Scientific memoirs by medical officers of the Army of India - Part II,
Year: 1886
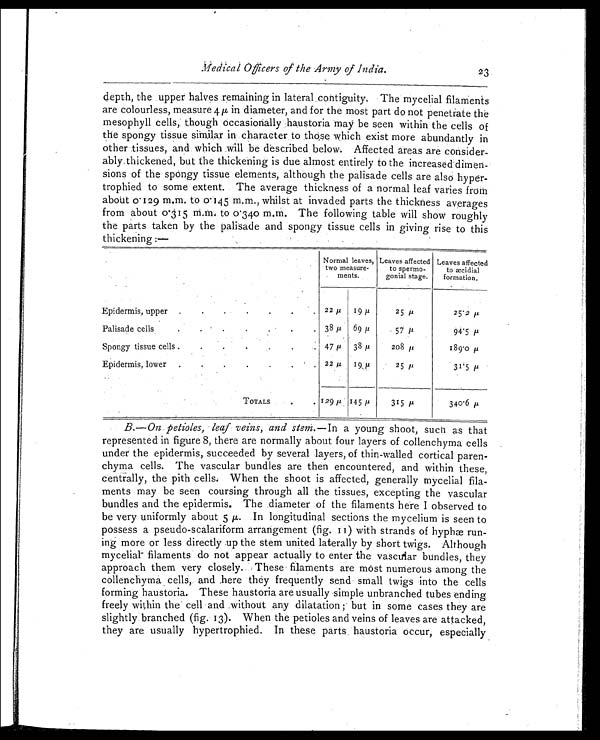
depth, the upper halves remaining in lateral contiguity. The mycelial filaments
are colourless, measure 4 µ in diameter, and for the most part do not penetrate the
mesophyll cells, though occasionally haustoria may be seen within the cells of
the spongy tissue similar in character to those which exist more abundantly in
other tissues, and which will be described below. Affected areas are consider-
ably thickened, but the thickening is due almost entirely to the increased dimen-
sions of the spongy tissue elements, although the palisade cells are also hyper-
trophied to some extent. The average thickness of a normal leaf varies from
about 0.129 m.m. to 0.145 m.m., whilst at invaded parts the thickness averages
from about 0.315 m.m. to 0.340 m.m. The following table will show roughly
the parts taken by the palisade and spongy tissue cells in giving rise to this
thickening :—
Normal leaves,
two measure-
ments.
Leaves affected
to spermo-
gonial stage.
Leaves affected
to æcidial
formation.
Epidermis, upper .
.
.
. . . 22 µ 19 µ
25 µ
2 5 . 2 µ
Palisade cells
• . . .
3 8 µ
69 µ
57 µ
94. 5 µ
Spongy tissue cells .
47 µ 38 µ
208 µ
189. 0 µ
Epidermis, lower .
. 22 µ 19 µ
25 µ
31.5 µ
TOTALS
. . 129 µ 145 µ
315 µ
340.6 µ
B.—On petioles, leaf veins, and stem. —In a young shoot, such as that
represented in figure 8, there are normally about four layers of collenchyma cells
under the epidermis, succeeded by several layers, of thin-walled cortical paren-
chyma cells. The vascular bundles are then encountered, and within these,
centrally, the pith cells. When the shoot is affected, generally mycelial fila-
ments may be seen coursing through all the tissues, excepting the vascular
bundles and the epidermis. The diameter of the filaments here I observed to
be very uniformly about 5 µ. In longitudinal sections the mycelium is seen to
possess a pseudo-scalariform arrangement (fig. II) with strands of hyphæ run-
ing more or less directly up the stem united laterally by short twigs. Although
mycelial filaments do not appear actually to enter the vascular bundles, they
approach them very closely. These filaments are most numerous among the
collenchyma cells, and here they frequently send small twigs into the cells
forming haustoria. These haustoria are usually simple unbranched tubes ending
freely within the cell and without any dilatation ; but in some cases they are
slightly branched (fig. 13). When the petioles and veins of leaves are attacked,
they are usually hypertrophied. In these parts haustoria occur, especially